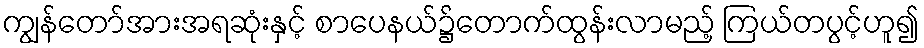
ကျွန်တော်အားအရဆုံးနှင့် စာပေနယ်၌တောက်ထွန်းလာမည့် ကြယ်တပွင့်ဟူ၍